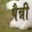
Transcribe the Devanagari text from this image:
पैन्नी